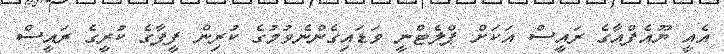
އެއީ ޔޫއެފްއާގެ ރައީސް އަކަށް ޕްލެޓްނީ ވަޑައިގެންނެވުމުގެ ކުރިން ފީފާގެ ކުރީގެ ރައީސް